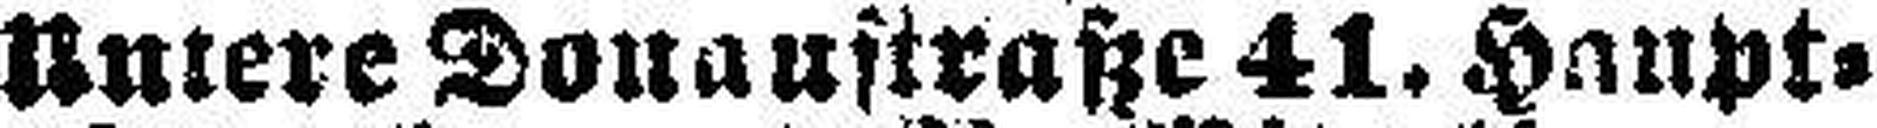
Untere Donaustraße 41. Haupt¬